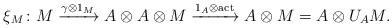
LaTeX: \begin{align*} \xi_M \colon M \xrightarrow{\gamma \otimes 1_M} A \otimes A \otimes M \xrightarrow{1_A \otimes \mathrm{act}} A \otimes M= A \otimes U_A M. \end{align*}